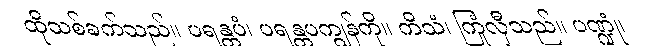
ထိုသစ်ခက်သည်။ ပရန္တပံ၊ ပရန္တပကျွန်ကို။ ကိသံ၊ ကြုံလှီသည်။ ပဏ္ဍုံ၊